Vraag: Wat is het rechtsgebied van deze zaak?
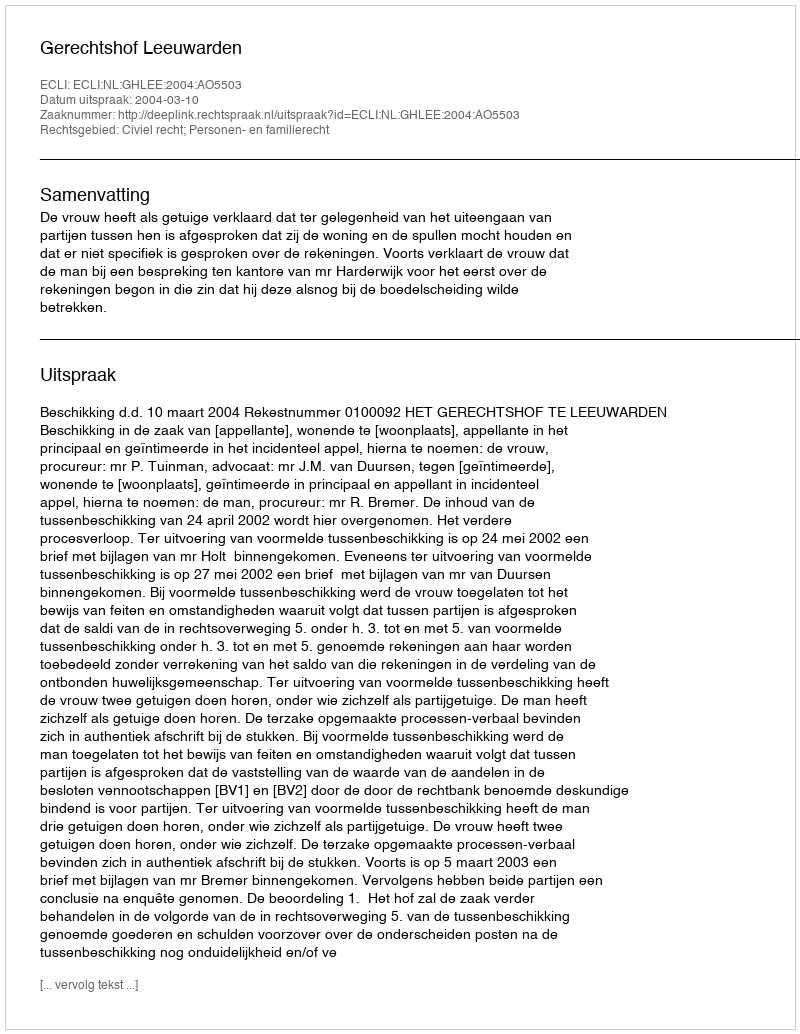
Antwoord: Civiel recht; Personen- en familierecht